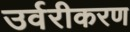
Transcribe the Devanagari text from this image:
उर्वरीकरण